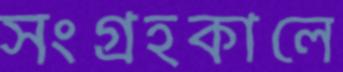
সংগ্রহকালে